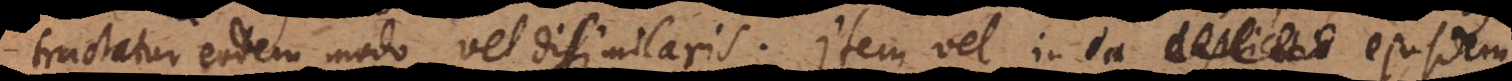
tractatur eodem modo, vel dissimilaris. Item vel in ea duplicatio ejusdem